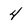
Character: 4